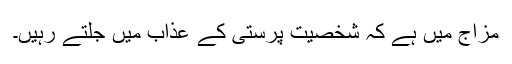
مزاج میں ہے کہ شخصیت پرستی کے عذاب میں جلتے رہیں۔